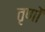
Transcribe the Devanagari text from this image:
तृणों